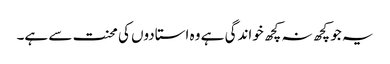
یہ جو کچھ نہ کچھ خواندگی ہے وہ استادوں کی محنت سے ہے۔